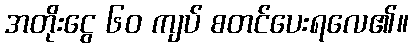
အတိုးငွေ ၆၀ ကျပ် စတင်ပေးရလေ၏။